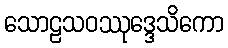
သောဠသဝဿုဒ္ဒေသိကော